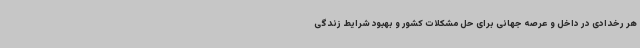
هر رخدادی در داخل و عرصه جهانی برای حل مشکلات کشور و بهبود شرایط زندگی